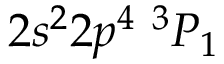
{ 2 s ^ { 2 } 2 p ^ { 4 } ~ ^ { 3 } P _ { 1 } }